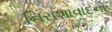
નિરાશાવાદનો